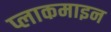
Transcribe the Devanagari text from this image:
प्लाकमाइन